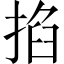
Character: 掐